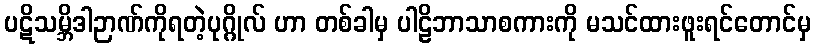
ပဋိသမ္ဘိဒါဉာဏ်ကိုရတဲ့ပုဂ္ဂိုလ် ဟာ တစ်ခါမှ ပါဠိဘာသာစကားကို မသင်ထားဖူးရင်တောင်မှ